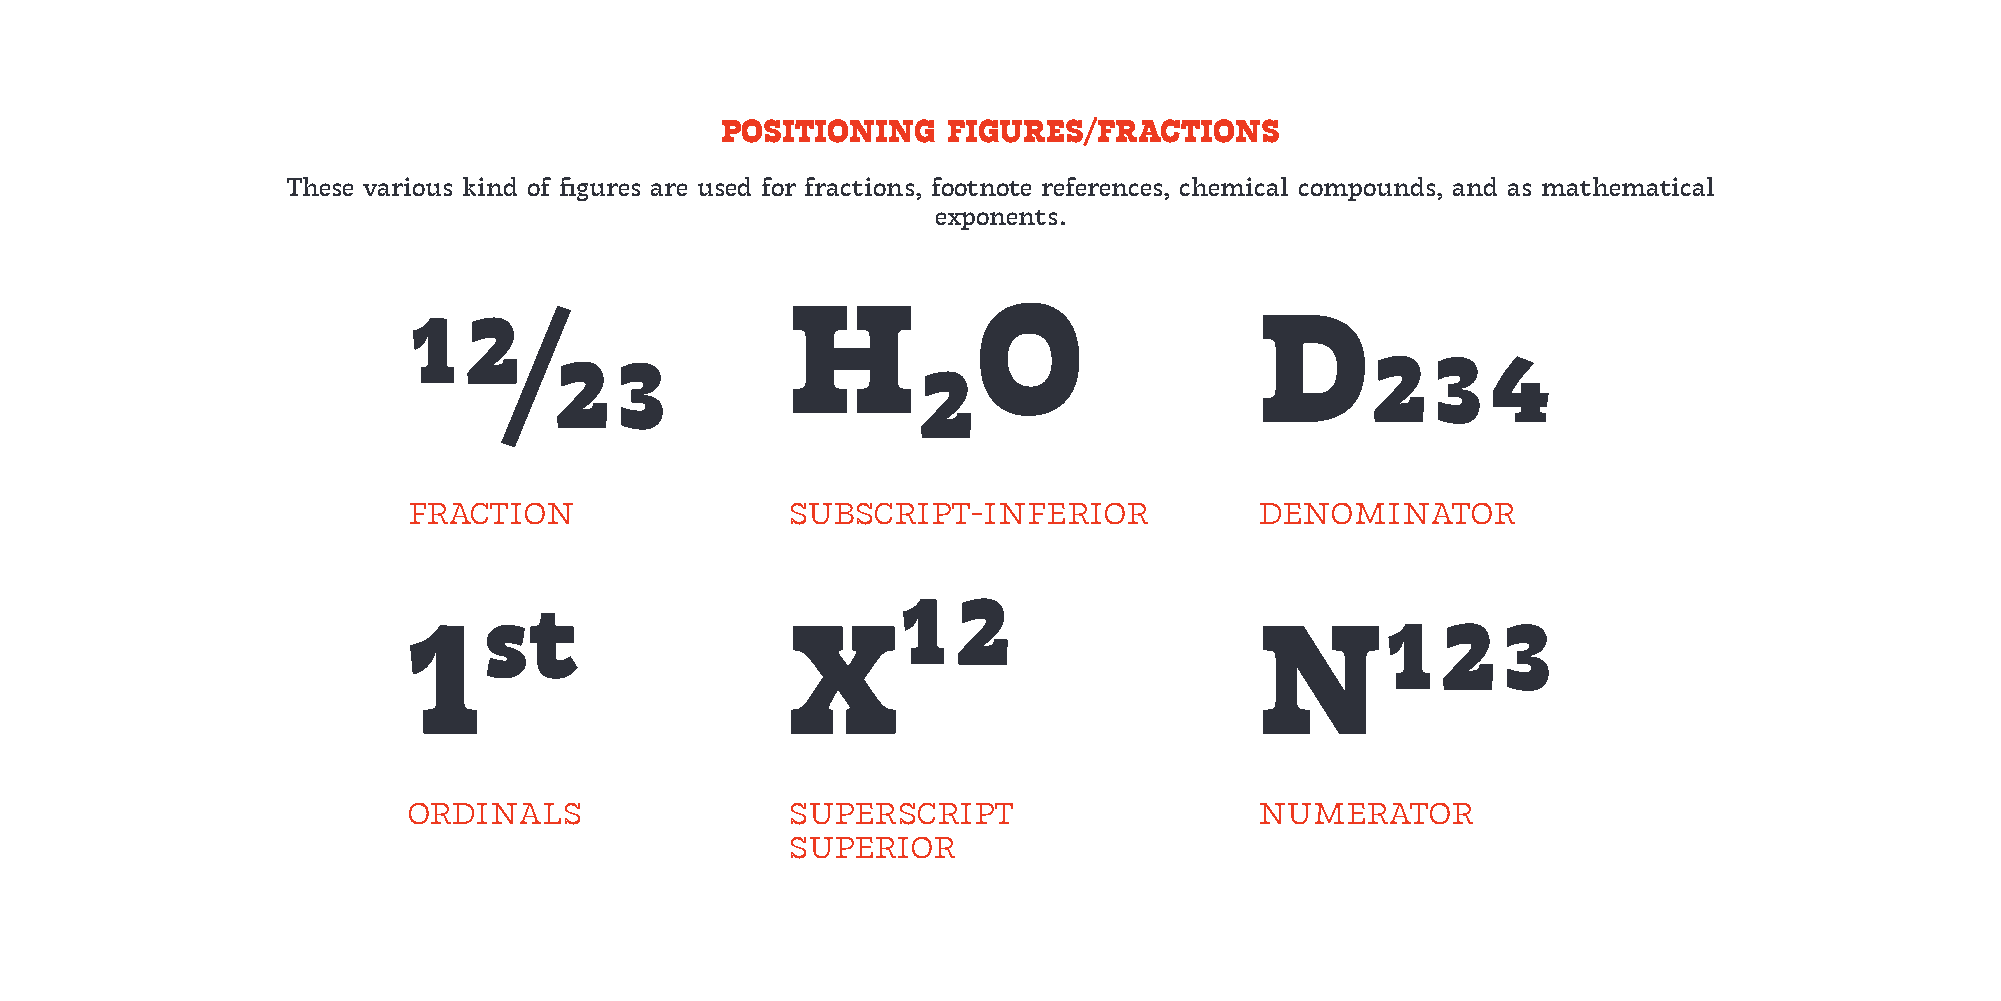
POSITIONING    FIGURES/FRACTIONS
 These various kind of figures are used for fractions, footnote references, chemical compounds, and as mathematical
 exponents.
 H₂O
 12⁄23                                                   D234
 fraction                 subscript-inferior             denominator
 1ˢ                      X¹²                            N123
 ordinals                 superscript                    numerator
 superior